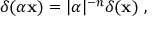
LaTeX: \delta ( \alpha \mathbf { x } ) = | \alpha | ^ { - n } \delta ( \mathbf { x } ) ~ ,